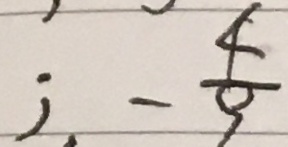
\therefore - \frac { 4 } { 9 }